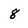
Character: 8